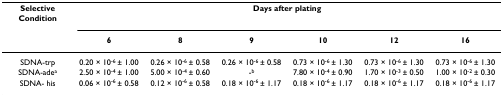
| Selective Condition | <COLSPAN=6> Days after plating |
 |  | 6 | 8 | 9 | 10 | 12 | 16 |
 | --- | --- | --- | --- | --- | --- | --- |
 | SDNA-trp | 0.20 × 10-6 ± 1.00 | 0.26 × 10-6 ± 0.58 | 0.26 × 10-6 ± 0.58 | 0.73 × 10-6 ± 1.30 | 0.73 × 10-6 ± 1.30 | 0.73 × 10-6 ± 1.30 |
 | SDNA-adea | 2.50 × 10-4 ± 1.00 | 5.00 × 10-4 ± 0.60 | -b | 7.80 × 10-4 ± 0.90 | 1.70 × 10-3 ± 0.50 | 1.00 × 10-2 ± 0.30 |
 | SDNA- his | 0.06 × 10-6 ± 0.58 | 0.12 × 10-6 ± 0.58 | 0.18 × 10-6 ± 1.17 | 0.18 × 10-6 ± 1.17 | 0.18 × 10-6 ± 1.17 | 0.18 × 10-6 ± 1.17 |